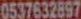
0537632897